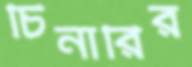
চিনারির